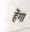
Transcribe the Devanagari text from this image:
हेंगा